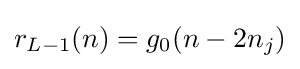
r_{L-1}(n)=g_{0}(n-2n_{j})